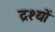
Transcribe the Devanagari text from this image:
द्रश्‍यों